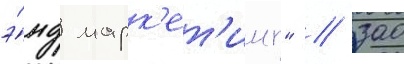
э́нд марк'ет'инг" / зао